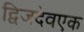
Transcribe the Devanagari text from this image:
द्विजदेवएक